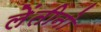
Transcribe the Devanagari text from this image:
लेंतीनो